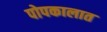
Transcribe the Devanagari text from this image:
पोपकालात